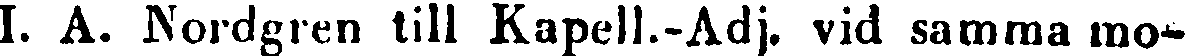
I. A. Nordgren till Kapell.-Adj. vid samma mo-